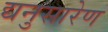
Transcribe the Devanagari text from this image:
द्यनुसारेण